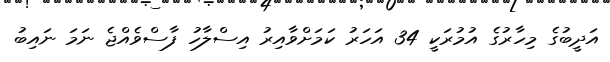
އަދީބުގެ މިހާރުގެ އުމުރަކީ 34 އަހަރު ކަމަށްވާއިރު އިސްލާހު ފާސްވެއްޖެ ނަމަ ނައިބު